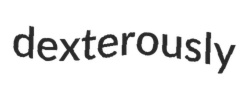
dexterously